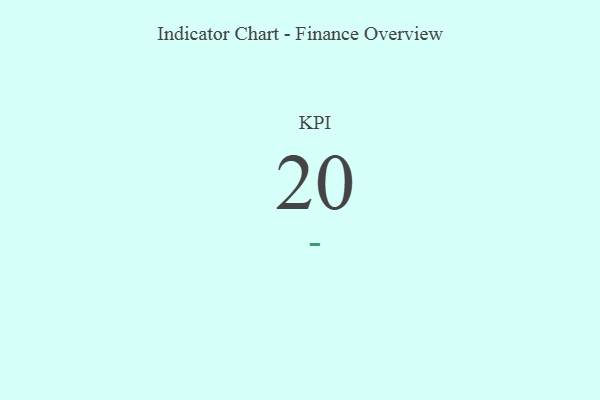
{"axis": {"x": "KPI", "y": "Value"}, "legend": [""], "data": [{"x": "KPI", "y": 20, "type": ""}]}